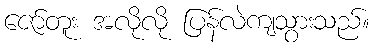
ဇော်တူး အလိုလို ပြန်လဲကျသွားသည်။